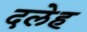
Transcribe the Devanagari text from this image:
दलेह